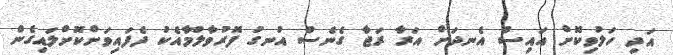
އަދި ހަލުވިކޮށް އައިސް އެނދަށް އަރާ ރަޖާ ގެނެސް އުނގު ފޮރުވާލުމާއެކު ދެފައިވަށްކޮށްލައިގެން